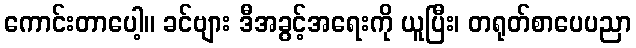
ကောင်းတာပေါ့။ ခင်ဗျား ဒီအခွင့်အရေးကို ယူပြီး၊ တရုတ်စာပေပညာ